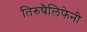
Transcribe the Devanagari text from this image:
तिरुषैलिफेनी